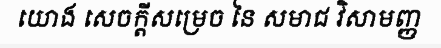
យោង សេចក្តីសម្រេច នៃ សមាជ វិសាមញ្ញ